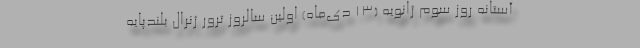
آستانه روز سوم ژانویه (13 دی‌ماه) اولین سالروز ترور ژنرال بلندپایه